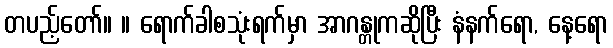
တပည့်တော်။ ။ ရောက်ခါစသုံးရက်မှာ အာဂန္တုကဆိုပြီး နံနက်ရော, နေ့ရော